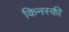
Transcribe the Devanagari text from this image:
किनस्की